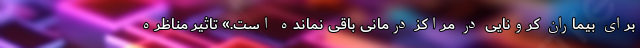
برای بیماران کرونایی در مراکز درمانی باقی نمانده است.» تاثیر مناظره